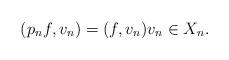
LaTeX: \begin{align*}(p_n f, v_n) = (f, v_n) v_n \in X_n.\end{align*}